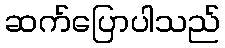
ဆက်ပြောပါသည်